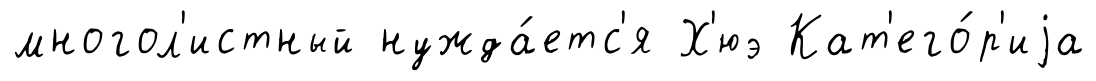
многол'истный нужда́етс'я Х'юэ Кат'его́р'иjа